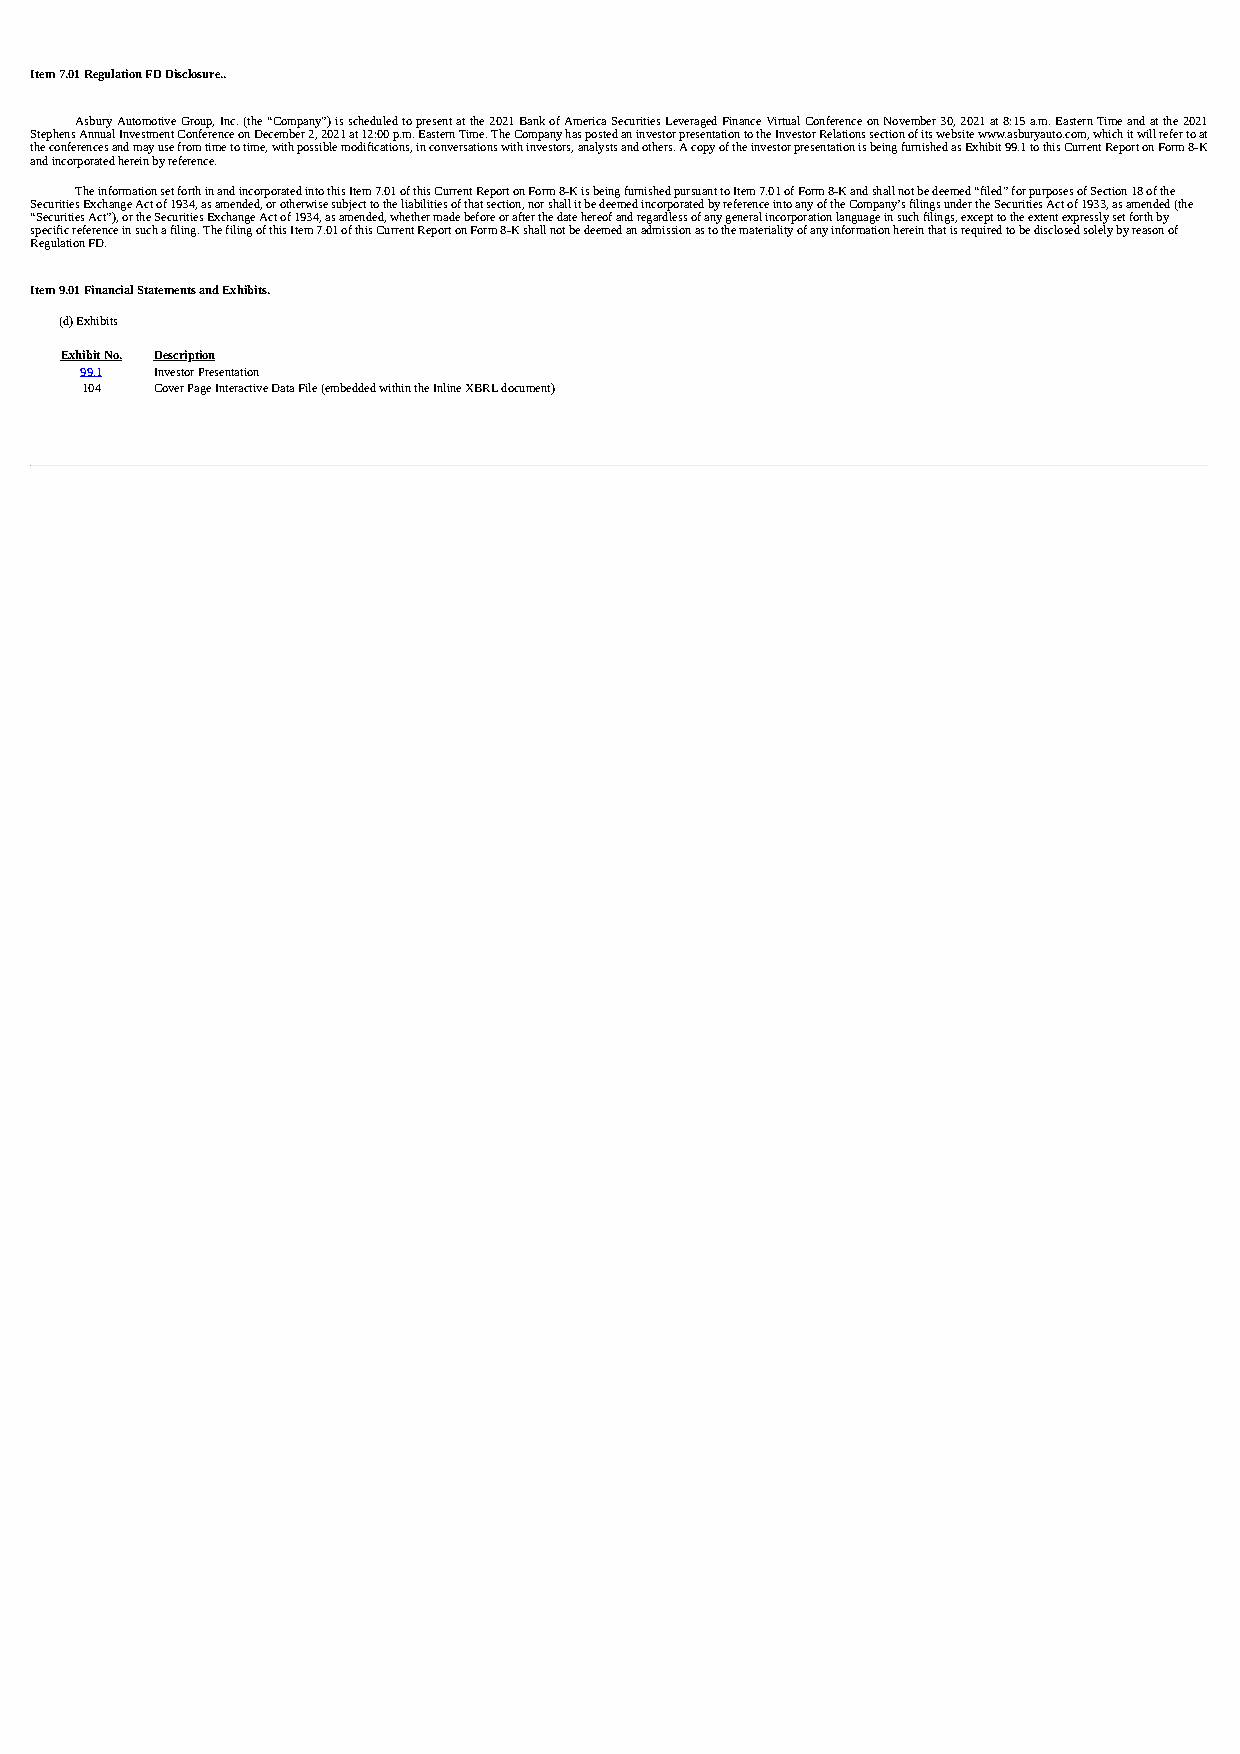
Item 7.01 Regulation FD Disclosure..
 Asbury Automotive Group, Inc. (the “Company”) is scheduled to present at the 2021 Bank of America Securities Leveraged Finance Virtual Conference on November 30, 2021 at 8:15 a.m. Eastern Time and at the 2021
 Stephens Annual Investment Conference on December 2, 2021 at 12:00 p.m. Eastern Time. The Company has posted an investor presentation to the Investor Relations section of its website www.asburyauto.com, which it will refer to at
 the conferences and may use from time to time, with possible modifications, in conversations with investors, analysts and others. A copy of the investor presentation is being furnished as Exhibit 99.1 to this Current Report on Form 8-K
 and incorporated herein by reference.
 The information set forth in and incorporated into this Item 7.01 of this Current Report on Form 8-K is being furnished pursuant to Item 7.01 of Form 8-K and shall not be deemed “filed” for purposes of Section 18 of the
 Securities Exchange Act of 1934, as amended, or otherwise subject to the liabilities of that section, nor shall it be deemed incorporated by reference into any of the Company’s filings under the Securities Act of 1933, as amended (the
 “Securities Act”), or the Securities Exchange Act of 1934, as amended, whether made before or after the date hereof and regardless of any general incorporation language in such filings, except to the extent expressly set forth by
 specific reference in such a filing. The filing of this Item 7.01 of this Current Report on Form 8-K shall not be deemed an admission as to the materiality of any information herein that is required to be disclosed solely by reason of
 Regulation FD.
 Item 9.01 Financial Statements and Exhibits.
 (d) Exhibits
 Exhibit No. Description
 99.1 Investor Presentation
 104  Cover Page Interactive Data File (embedded within the Inline XBRL document)